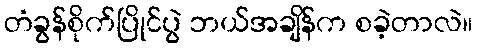
တံခွန်စိုက်ပြိုင်ပွဲ ဘယ်အချိန်က စခဲ့တာလဲ။